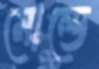
মোল্ডে